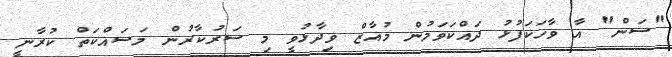
"ސަން" އާ ވާހަކަފުޅު ދައްކަވަމުން މުއާޒް ވިދާޅުވީ މި ސަރުކާރުން މަސައްކަތް ކުރާނީ